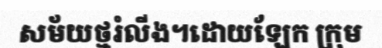
សម័យថ្មរំលីង។ដោយឡែក ក្រុម